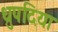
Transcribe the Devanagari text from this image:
ध्रुपदिया